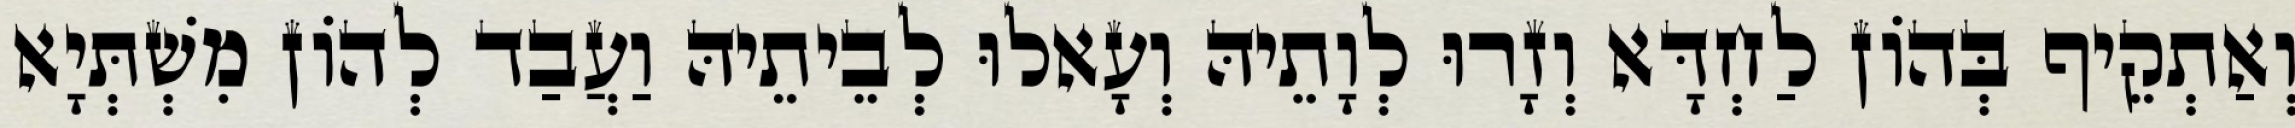
וְאַתְקֵיף בְּהוֹן לַחְדָּא וְזָרוּ לְוָתֵיהּ וְעָאלוּ לְבֵיתֵיהּ וַעֲבַד לְהוֹן מִשְׁתְּיָא